Vaccine operations Central Provinces 1886-1899 - 1886-1899
Year: 1886
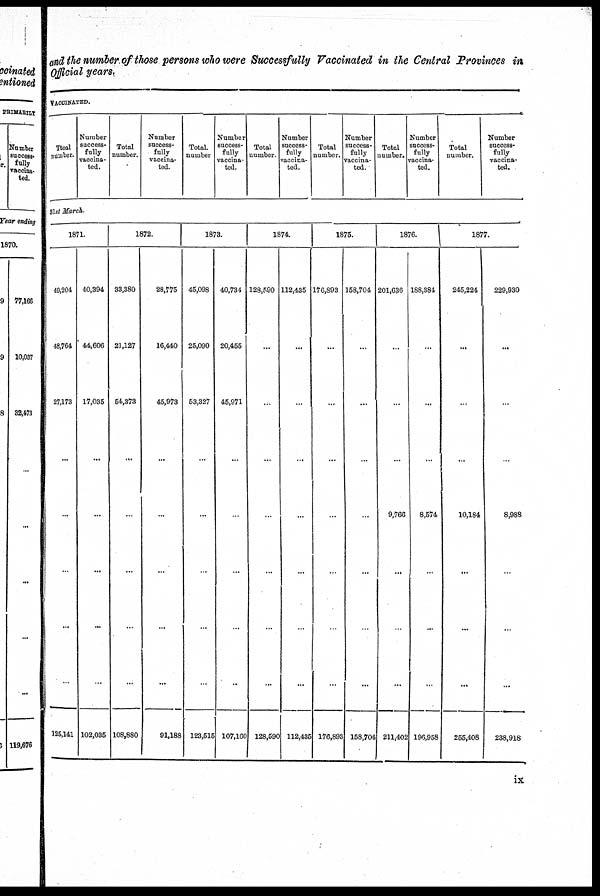
and the number of those persons who were Successfully Vaccinated in the Central Provinces in
Official years.
VACCINATED.
Ttoal
number.
Number
success-
fully
vaccina-
ted.
Total
number.
Number
success-
fully
vaccina-
ted.
Total.
number
Number
success-
fully
vaccina-
ted.
Total
number.
Number
success-
fully
vaccina-
ted.
Total
number.
Number
success-
fully
vaccina-
ted.
Total
number.
Number
success-
fully
vaccina-
ted.
Total
number.
Number
success-
fully
vaccina-
ted.
31st March.
1871.
49,204
48,764
27,173
...
...
...
...
...
125,141
40,394
44,606
17,035
...
...
...
...
...
102,035
1872.
33,380
21,127
54,373
...
...
...
...
108,880
28,775
16,440
45,973
...
...
...
...
91,188
1873.
45,098
25,090
53,327
...
...
...
...
...
123,515
40,734
20,455
45,971
...
...
...
...
...
107,160
1874.
128,590
...
...
...
...
...
...
...
128,590
112,435
...
...
...
...
...
...
...
112,435
1875.
176,893
...
...
...
...
...
...
...
176,893
158,704
...
...
...
...
...
...
...
158,704
1876.
201,636
...
...
...
9,766
...
...
...
211,402
188,384
...
...
...
8,574
...
...
...
196,958
1877.
245,224
...
...
...
10,184
...
...
...
255,408
229,930
...
...
...
8,988
...
...
...
238,918
ix